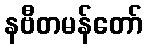
နဗီတမန်တော်